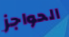
الحواجز